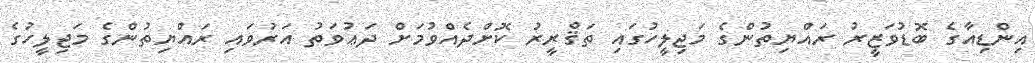
އިންޑިއާގެ ބޮޑުވަޒީރު ރައްޔިތުންގެ މަޖިލީހުގައި ތަޤްރީރު ކޮށްދެއްވުމަށް ދަޢުވަތު އަރުވައި ރައްޔިތުންގެ މަޖިލީހުގެ